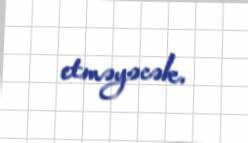
etməyəcək.